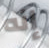
إنه